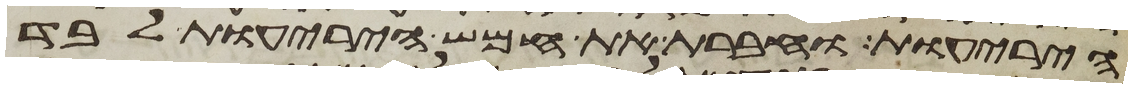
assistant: היריעות וחברת את חמש היריעות לבד